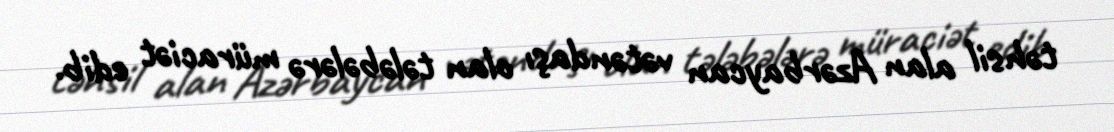
təhsil alan Azərbaycan vətəndaşı olan tələbələrə müraciət edib.